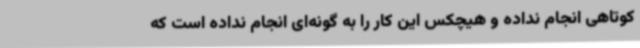
کوتاهی انجام نداده و هیچکس این کار را به گونه‌ای انجام نداده است که